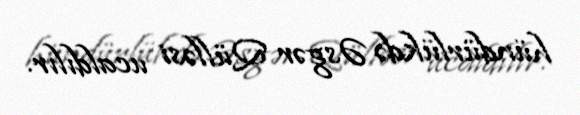
hündürlükdə Əsgər Qülləsi ucaldılır.